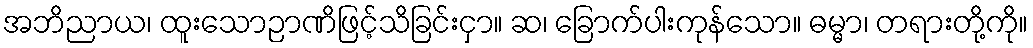
အဘိညာယ၊ ထူးသောဉာဏိဖြင့်သိခြင်းငှာ။ ဆ၊ ခြောက်ပါးကုန်သော။ ဓမ္မာ၊ တရားတို့ကို။